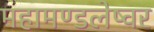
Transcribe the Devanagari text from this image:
महामण्डलेष्वर